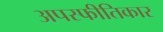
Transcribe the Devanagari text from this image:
अपस्फीतिकार